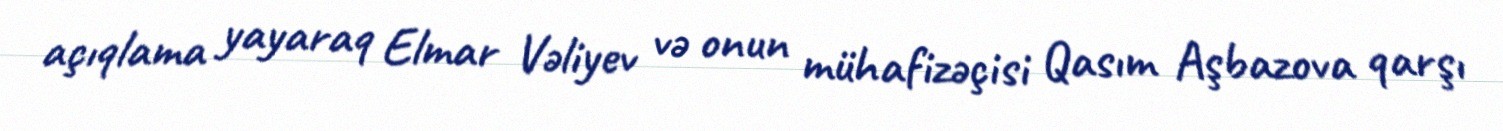
açıqlama yayaraq Elmar Vəliyev və onun mühafizəçisi Qasım Aşbazova qarşı